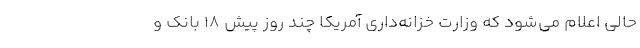
حالی اعلام می‌شود که وزارت خزانه‌داری آمریکا چند روز پیش 18 بانک و